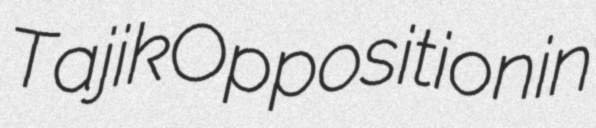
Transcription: Tajik Opposition in